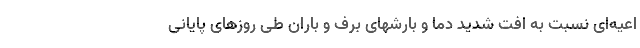
اعیه‌ای نسبت به افت شدید دما و بارشهای برف و باران طی روزهای پایانی